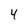
Character: 4